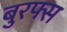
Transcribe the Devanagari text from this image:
बुरफ्स